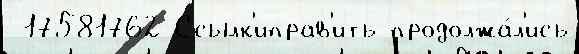
 17581762 Ссылк'иправ'ить продолжа́л'ись